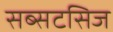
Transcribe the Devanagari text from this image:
सब्सटसिज